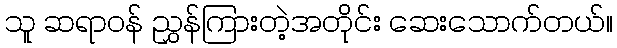
သူ ဆရာဝန် ညွှန်ကြားတဲ့အတိုင်း ဆေးသောက်တယ်။